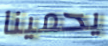
يحمينا